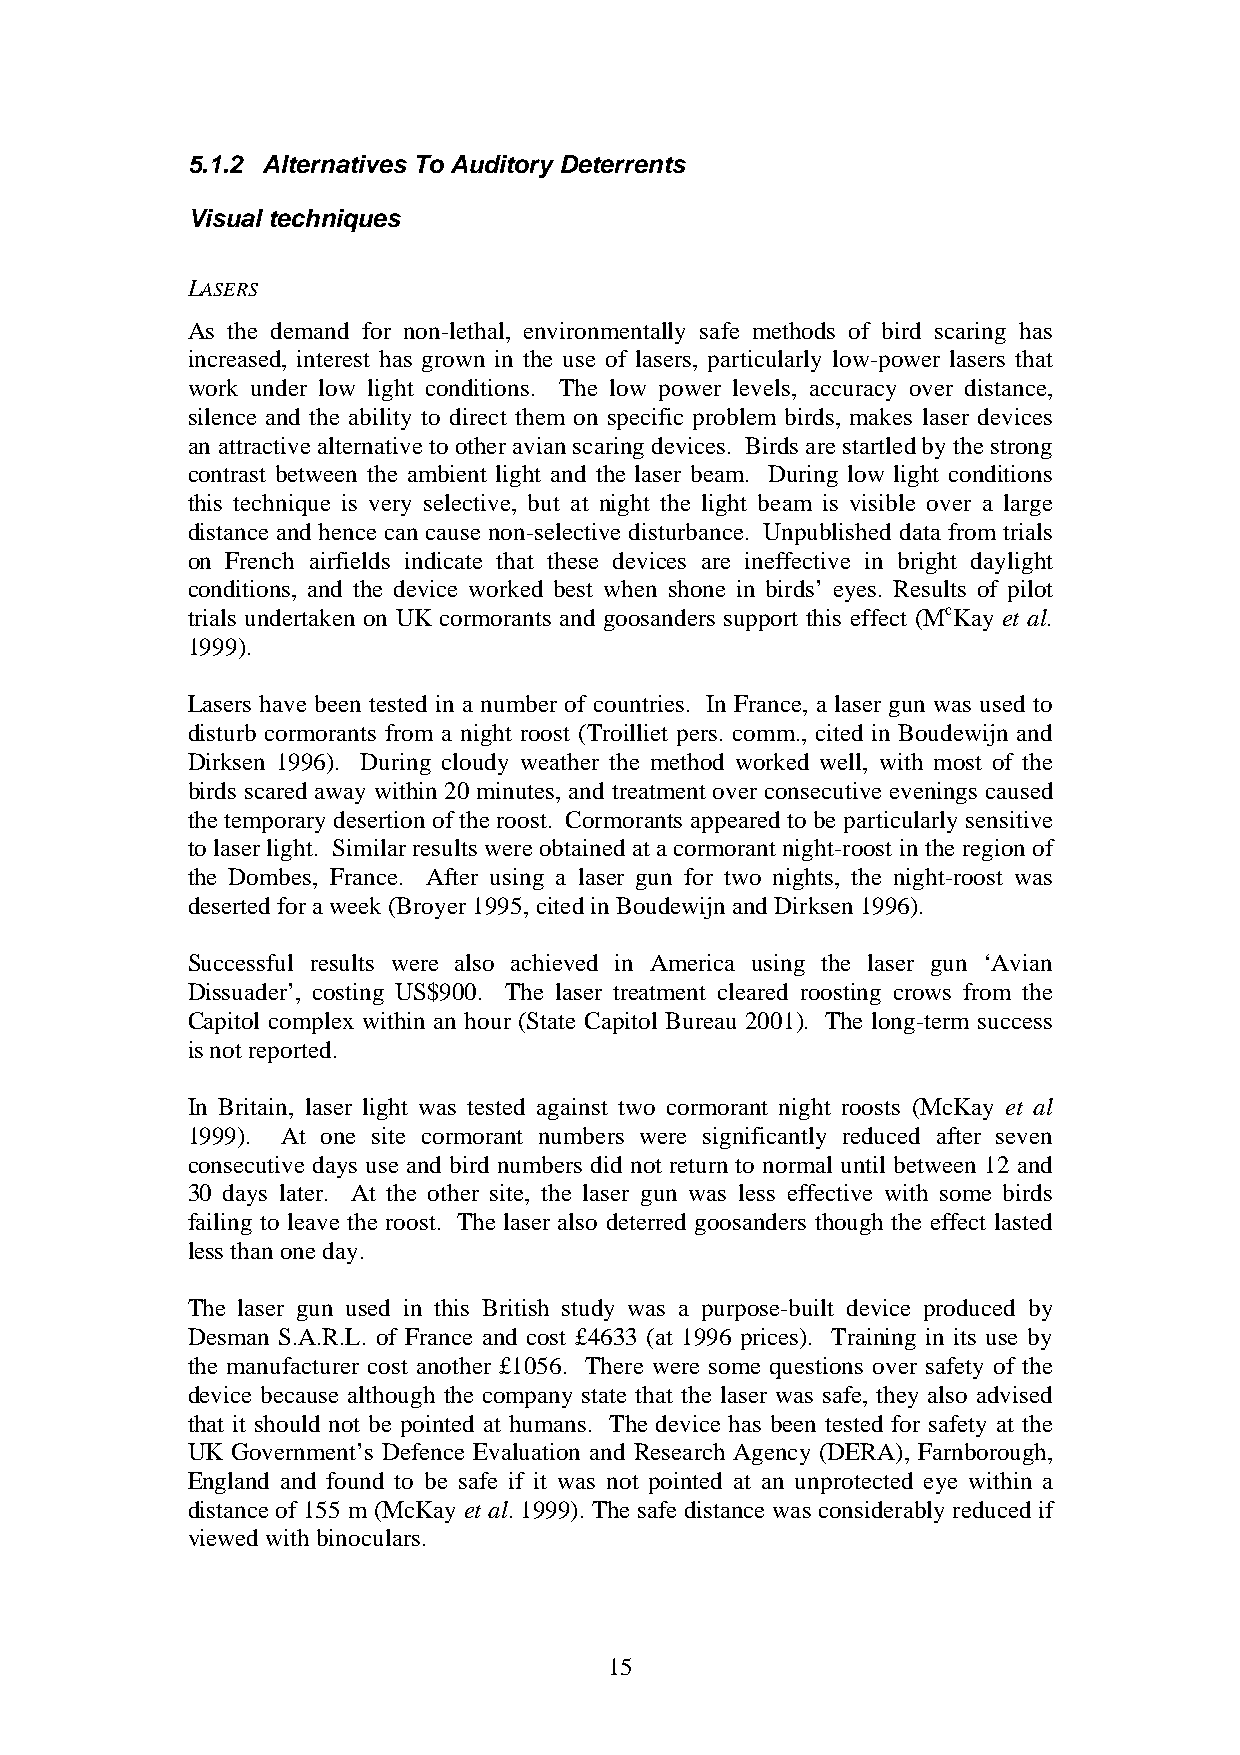
5.1.2 Alternatives To Auditory Deterrents
 Visual techniques
 LASERS
 As the demand for non-lethal, environmentally safe methods of bird scaring has
 increased, interest has grown in the use of lasers, particularly low-power lasers that
 work under low light conditions. The low power levels, accuracy over distance,
 silence and the ability to direct them on specific problem birds, makes laser devices
 an attractive alternative to other avian scaring devices. Birds are startled by the strong
 contrast between the ambient light and the laser beam. During low light conditions
 this technique is very selective, but at night the light beam is visible over a large
 distance and hence can cause non-selective disturbance. Unpublished data from trials
 on French airfields indicate that these devices are ineffective in bright daylight
 conditions, and the device worked best when shone in birds’ eyes. Results of pilot
 trials undertaken on UK cormorants and goosanders support this effect (McKay et al.
 1999).
 Lasers have been tested in a number of countries. In France, a laser gun was used to
 disturb cormorants from a night roost (Troilliet pers. comm., cited in Boudewijn and
 Dirksen 1996). During cloudy weather the method worked well, with most of the
 birds scared away within 20 minutes, and treatment over consecutive evenings caused
 the temporary desertion of the roost. Cormorants appeared to be particularly sensitive
 to laser light. Similar results were obtained at a cormorant night-roost in the region of
 the Dombes, France. After using a laser gun for two nights, the night-roost was
 deserted for a week (Broyer 1995, cited in Boudewijn and Dirksen 1996).
 Successful results were also achieved in America using the laser gun ‘Avian
 Dissuader’, costing US$900. The laser treatment cleared roosting crows from the
 Capitol complex within an hour (State Capitol Bureau 2001). The long-term success
 is not reported.
 In Britain, laser light was tested against two cormorant night roosts (McKay et al
 1999). At one site cormorant numbers were significantly reduced after seven
 consecutive days use and bird numbers did not return to normal until between 12 and
 30 days later. At the other site, the laser gun was less effective with some birds
 failing to leave the roost. The laser also deterred goosanders though the effect lasted
 less than one day.
 The laser gun used in this British study was a purpose-built device produced by
 Desman S.A.R.L. of France and cost £4633 (at 1996 prices). Training in its use by
 the manufacturer cost another £1056. There were some questions over safety of the
 device because although the company state that the laser was safe, they also advised
 that it should not be pointed at humans. The device has been tested for safety at the
 UK Government’s Defence Evaluation and Research Agency (DERA), Farnborough,
 England and found to be safe if it was not pointed at an unprotected eye within a
 distance of 155 m (McKay et al. 1999). The safe distance was considerably reduced if
 viewed with binoculars.
 15